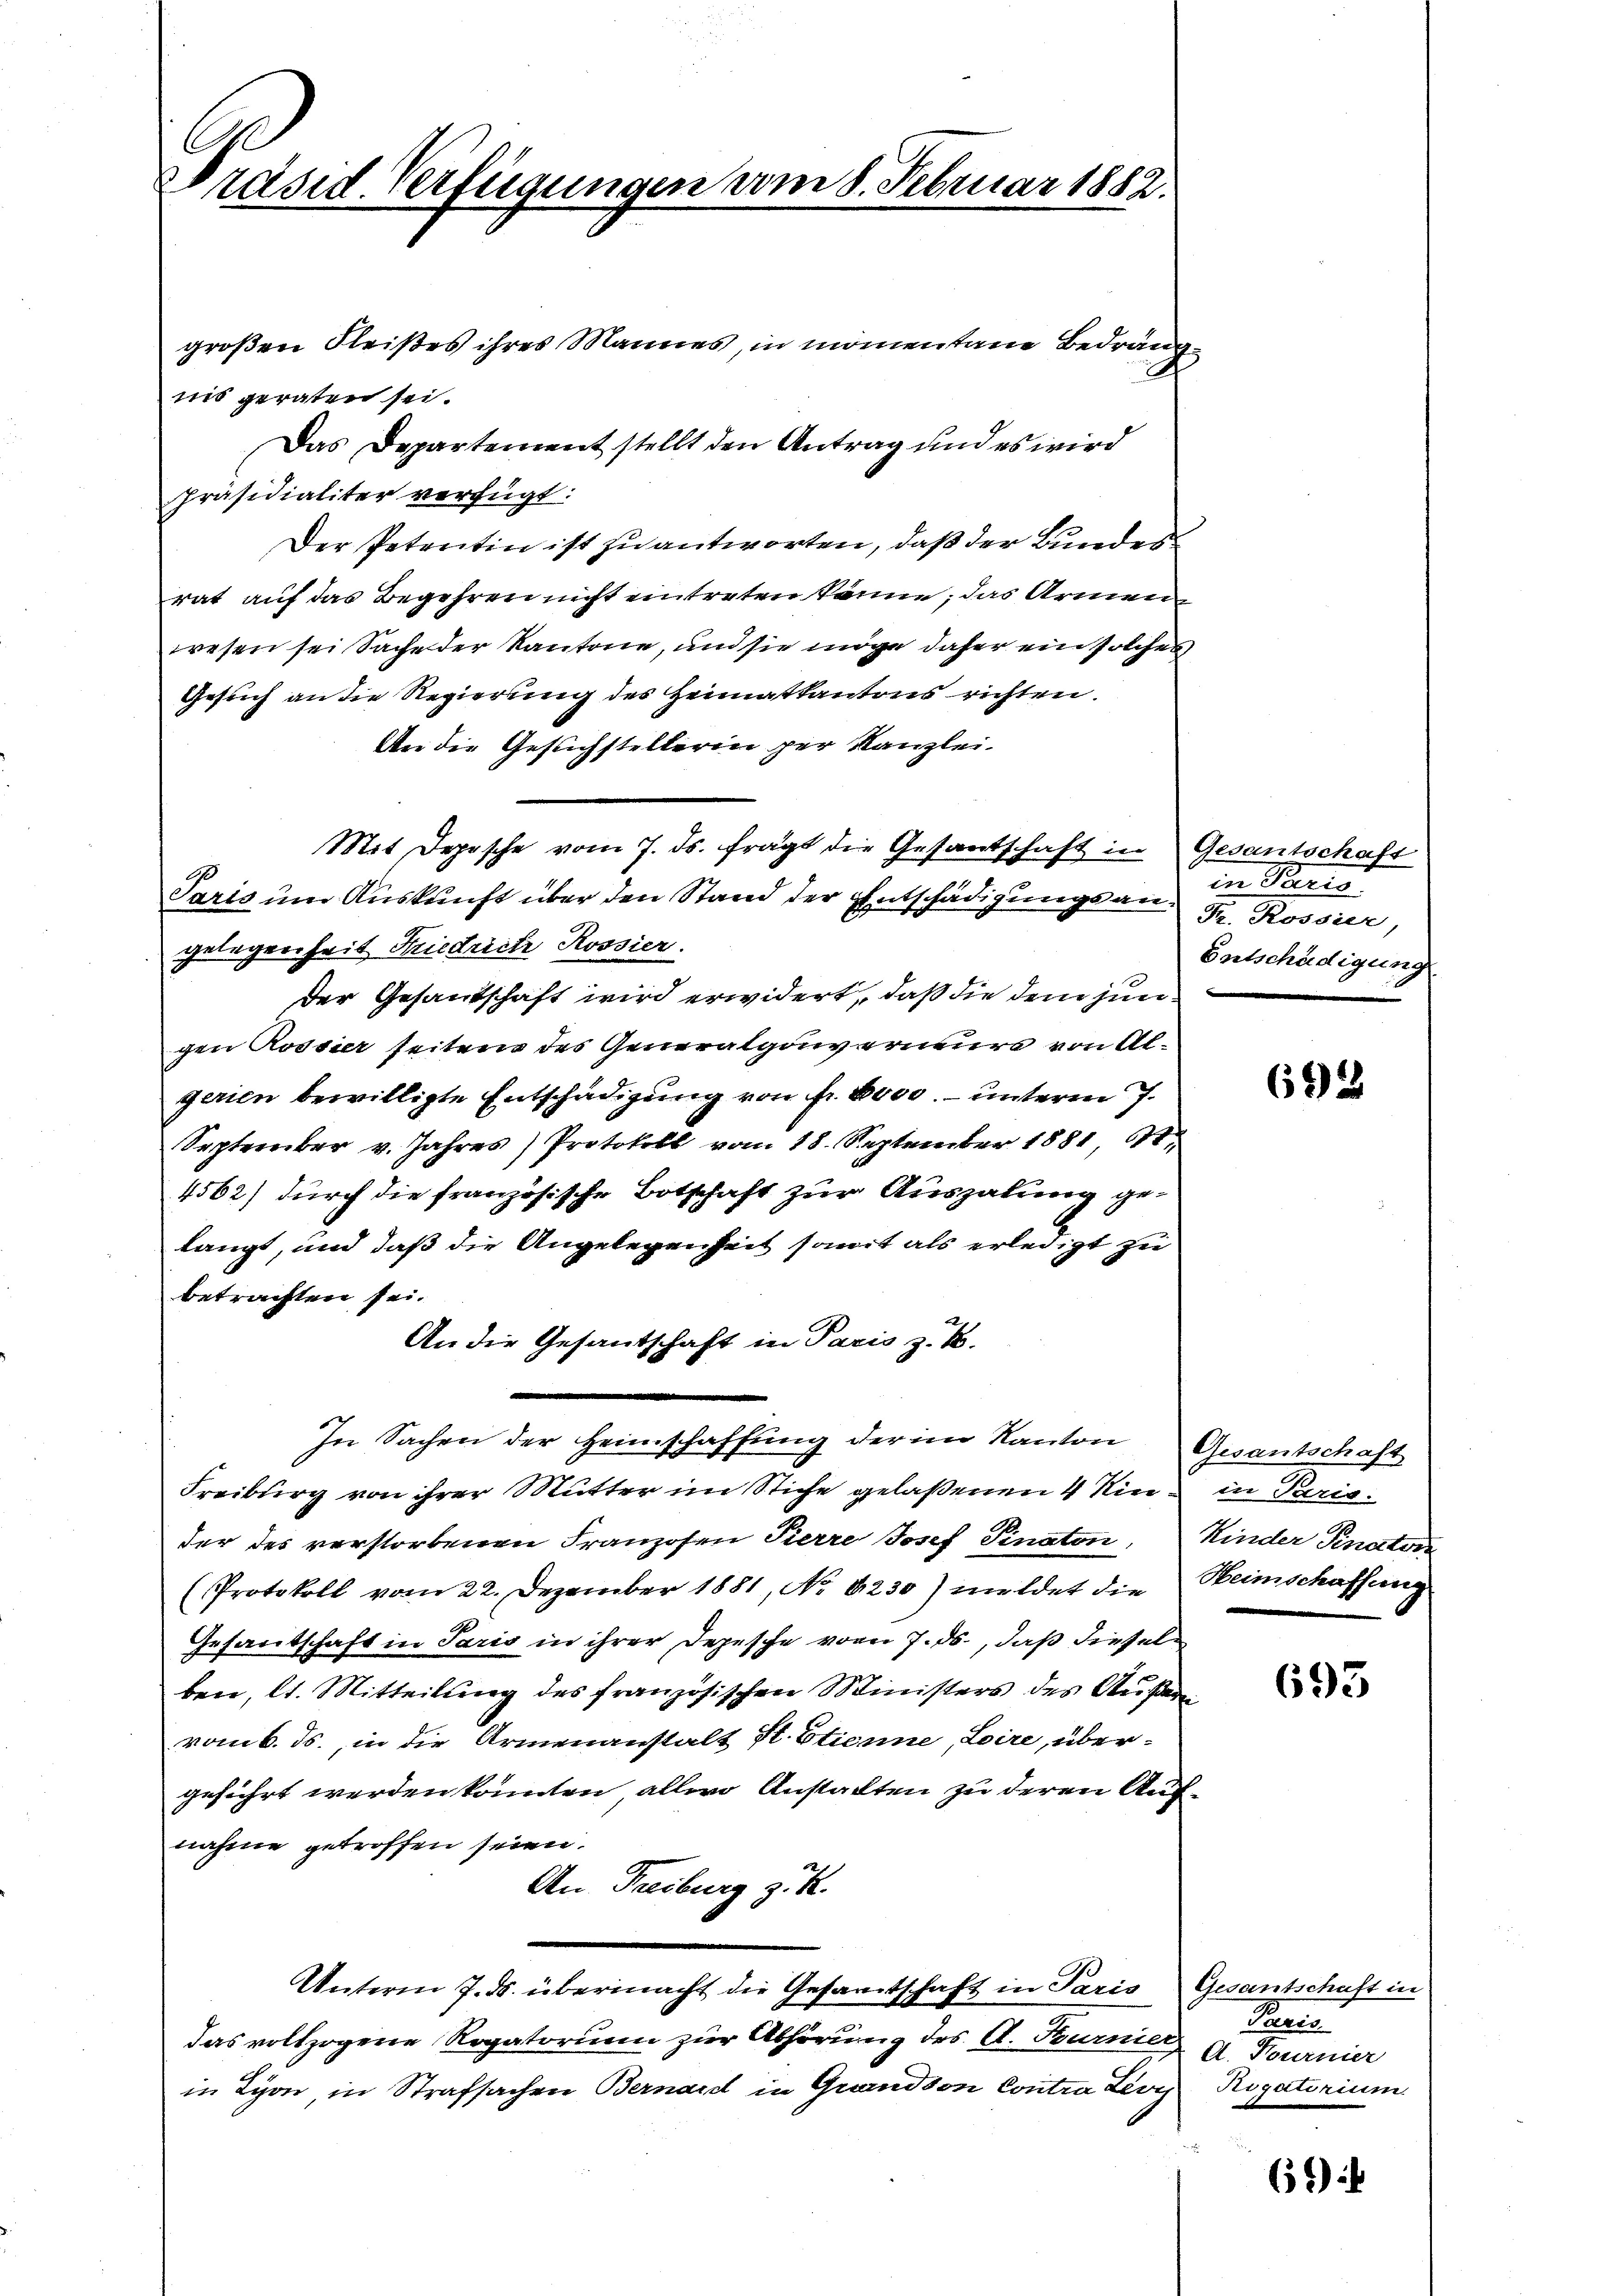
C
Präsid. Verfügungen vom 8. Februar 1882.

großen Fleißes ihres Mannes, in momentane Bedrängnis geraten sei.
Das Departement stellt den Antrag und es wird
Präsidialiter verfügt:
Der Petentin ist zu antworten, daß der Bundes
rat auf das Begehren nicht eintreten könne, das Armen
wesen sei Sache der Kantone, und sie möge daher ein solches
Gesuch an die Regierung des Heimatkantons richten.
An die Gesuchstellerin per Kanzlei.
Mit Depesche vom 7. ds. fragt die Gesantschaft in Gesantschaft
Paris um Auskunft über den Stand der Entschädigungs an Fr. Rossier,
gelegenheit Friedrich Rossier.
der Gesandschaft wird erwidert, daß die dem jungen Rossier seitens des Generalgouverneurs von Algerien bewilligte Entschädigung von fr. 8000. – unterm 7.
September v. Jahres Protokoll vom 18. September 1881, St.
4562) durch die französische Botschaft zur Auszalung gelangt, und daß die Angelegenheit somit als erledigt zu
betrachten sei.
An die Gesandschaft in Paris z. B.
In Sachen der Heimschaffung der im Kanton Gesantschaft
Freiburg von ihrer Mutter im Stiche gelaßenen 4 in in Paris
der des verstorbenen Franzosen Tierre Josef Sinaten, Kinder Finator
(Protokoll vom 22. Dezember 1881, No 8230) meldet die Heimschaffung
Gesantschaft in Paris in ihrer Depesche vom 7. ds., daß diesel
ben, lt. Mitteilung des französischen Ministers des Außere
vom 6. ds., in die Armenanstalt St. Etienne, Loire, übergeführt werden könnten allwo Anstalten zu deren Aufnahme getroffen seien.
An Freiburg z. R.
Unterm 7. ds. übermacht die Gesamtschaft in Paris Gesantschaft in
das vollzogene Rogatorium zur Abhörung des A. Burner A. Fournier
in Lyon in Strafsachen Bernard in Grandson Contra Lioy Rogatorium

in Paris
Entschädigung

692

693

61)

Paris